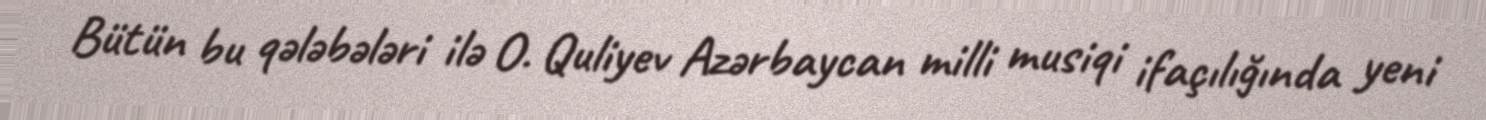
Bütün bu qələbələri ilə O. Quliyev Azərbaycan milli musiqi ifaçılığında yeni